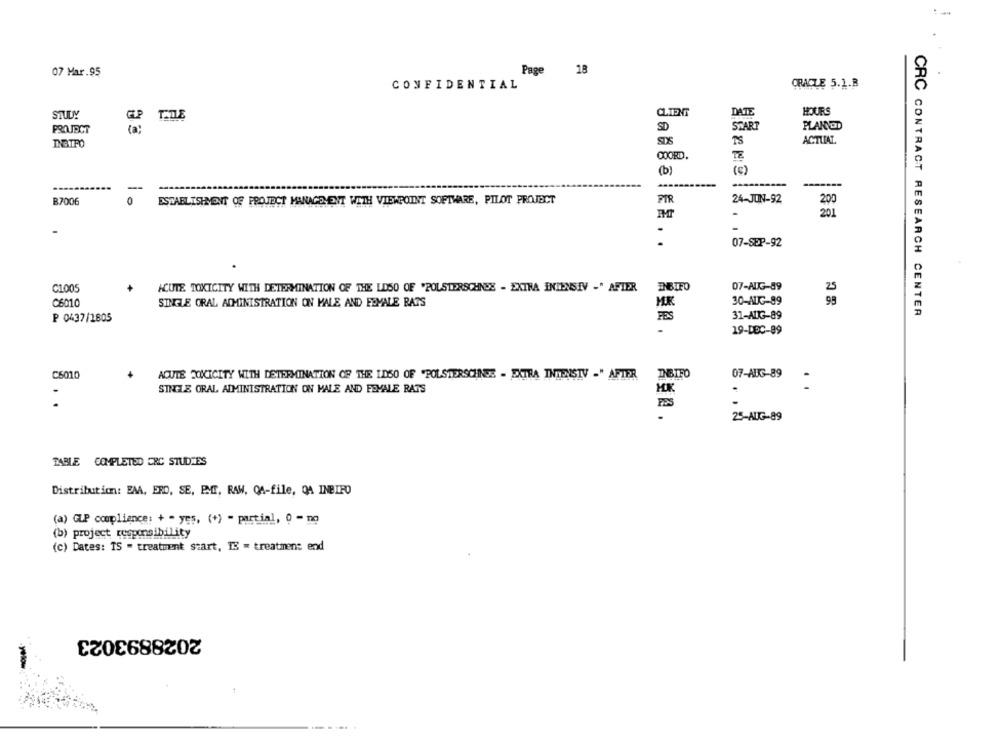
07 Mar.95
Page 18
CONFIDENTIAL
ORACLE 5.1.B
DATE
HOURS
CLIENT
SD
START
PLAN OD
PROJECT
TS
ACTUAL
DNBIFO
(C)
(b)
-
B7006
0
ESTABLISHMENT OF PROJECT MANAGEMENT WITH VIEWPOINT SOFTWARE, PILOT PROJECT
PTR
24-JUN-92
200
201
.
07-SEP-92
C1005
ACUTE TOXICITY WITH DETERMINATION OF THE LDSO OF "POLSTERSCHNDE - EXTRA INTENSIV -" AFTER
ENBIFO
07-AUG-89
C6010
SINGLE ORAL ADMINISTRATION ON MALE AND FEMALE RATS
MR
30-AUG-89
CRC CONTRACT RESEARCH CENTER
P 0437/1805
FES
31-AUG-89
-
19-DEC-89
C6010
ACUTE TOXICITY WITH DETERMINATION OF THE LDSO OF "POLSTERSCHNEE - EXTRA INTENSIV -" AFTER
DGIFO
07-AUG-89
-
SINGLE ORAL ADMINISTRATION ON MALE AND FEMALE RATS
HK
...
PES
-
25-AUG-89
TABLE COMPLETED ERC STUDRES
Distribution: BAA, ERD, SE, PMT, RAW, QA-file, QA INBIFO
(a) GLP compliance: + - yes, (+) - partial, 0 - no
(b) project responsibility
(c) Dates: TS - treatment start, IS = treatment end
2028893023